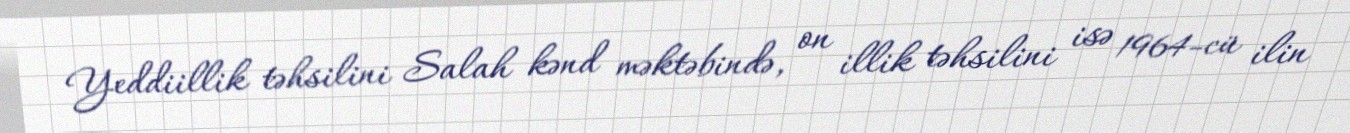
Yeddiillik təhsilini Salah kənd məktəbində, on illik təhsilini isə 1964-cü ilin